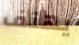
يهتف